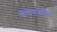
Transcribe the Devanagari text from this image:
चैंपियनशिपो